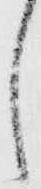
し